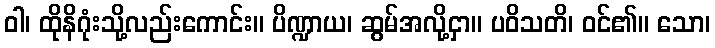
ဝါ၊ ထိုနိဂုံးသို့လည်းကောင်း။ ပိဏ္ဍာယ၊ ဆွမ်အလို့ငှာ။ ပဝိသတိ၊ ဝင်၏။ သော၊